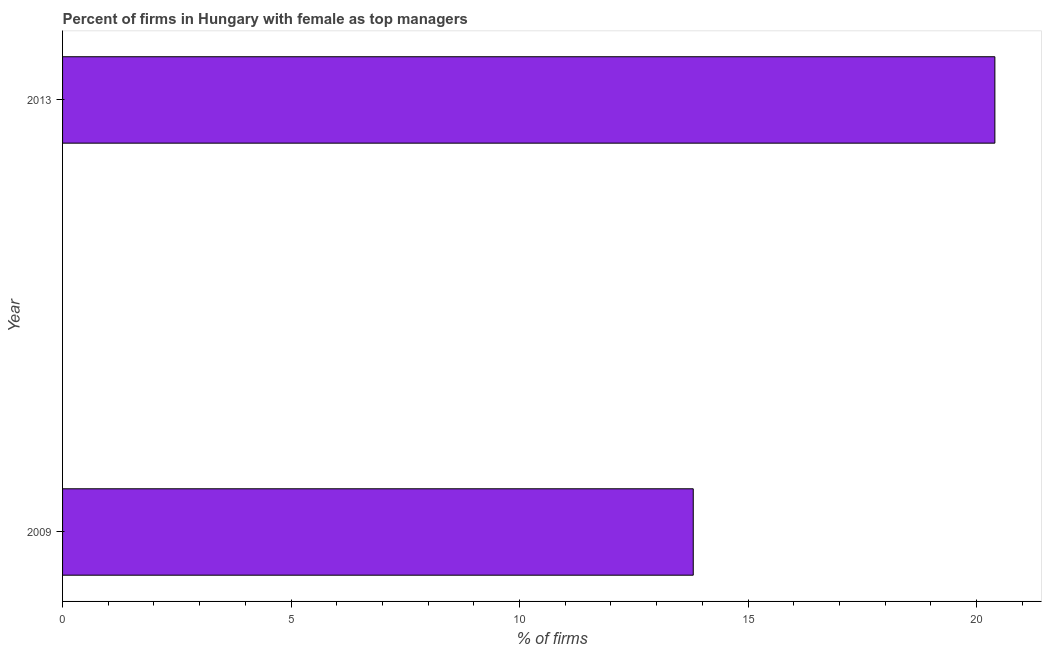
| Year | Firms with female top manager |
 | --- | --- |
 | 2009 | 13.8 |
 | 2013 | 20.4 |